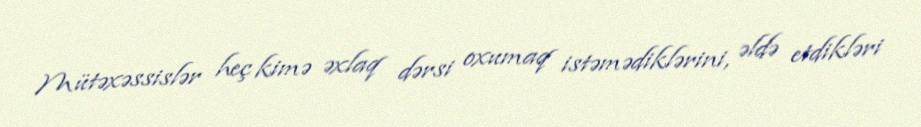
Mütəxəssislər heç kimə əxlaq dərsi oxumaq istəmədiklərini, əldə etdikləri